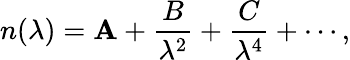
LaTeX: n(\lambda)=\mathbf{A}+{\frac{{B}}{{\lambda^{2}}}}+{\frac{{C}}{{\lambda^{4}}}}+\cdots,